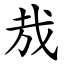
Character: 㢤